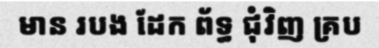
មាន របង ដែក ព័ទ្ធ ជុំវិញ គ្រប